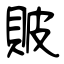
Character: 貱